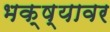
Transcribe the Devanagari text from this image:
भक्ष्यावर